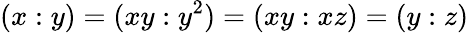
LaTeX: (x:y)=(xy:y^{2})=(xy:xz)=(y:z)